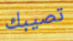
تصيبك